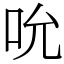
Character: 吮